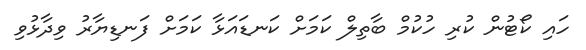
ހައި ކޯޓުން ކުރި ހުކުމް ބާތިލް ކަމަށް ކަނޑައަޅާ ކަމަށް ފަނޑިޔާރު ވިދާޅުވި